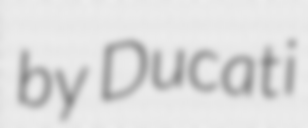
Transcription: by Ducati